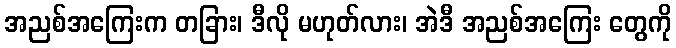
အညစ်အကြေးက တခြား၊ ဒီလို မဟုတ်လား၊ အဲဒီ အညစ်အကြေး တွေကို